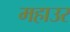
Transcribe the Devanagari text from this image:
महाउर